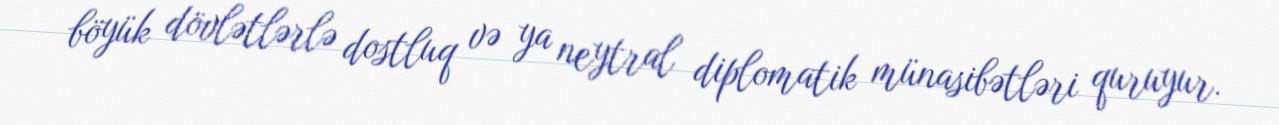
böyük dövlətlərlə dostluq və ya neytral diplomatik münasibətləri quruyur.